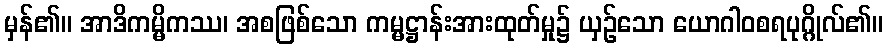
မှန်၏။ အာဒိကမ္မိကဿ၊ အစဖြစ်သော ကမ္မဋ္ဌာန်းအားထုတ်မှု၌ ယှဉ်သော ယောဂါဝစရပုဂ္ဂိုလ်၏။